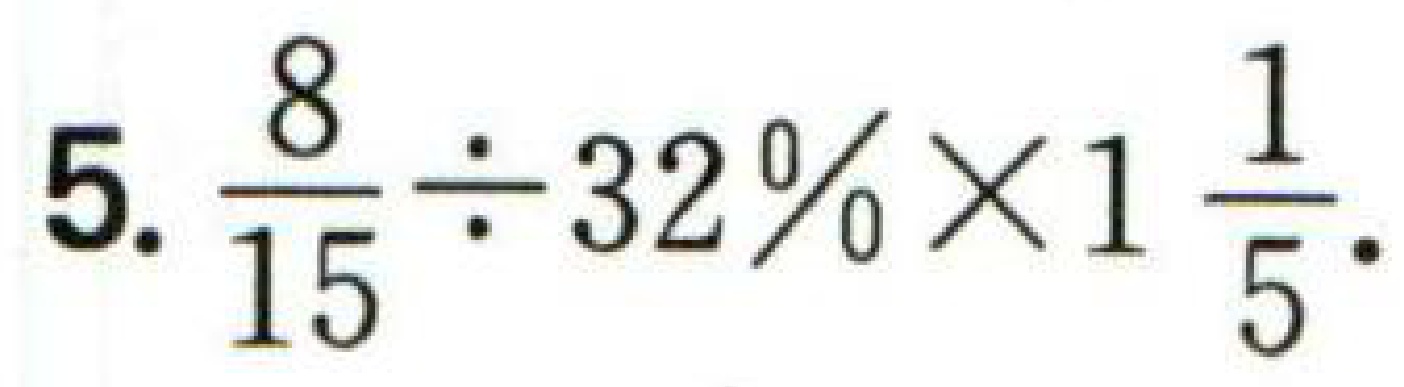
$5.\frac{8}{15}\div 32\% \times 1\frac{1}{5}$